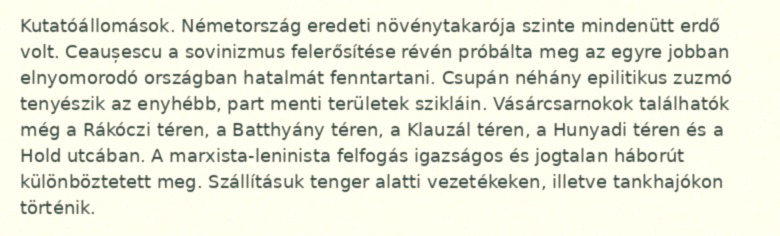
Kutatóállomások. Németország eredeti növénytakarója szinte mindenütt erdő volt. Ceaușescu a sovinizmus felerősítése révén próbálta meg az egyre jobban elnyomorodó országban hatalmát fenntartani. Csupán néhány epilitikus zuzmó tenyészik az enyhébb, part menti területek szikláin. Vásárcsarnokok találhatók még a Rákóczi téren, a Batthyány téren, a Klauzál téren, a Hunyadi téren és a Hold utcában. A marxista-leninista felfogás igazságos és jogtalan háborút különböztetett meg. Szállításuk tenger alatti vezetékeken, illetve tankhajókon történik.